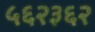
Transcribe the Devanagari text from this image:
५६२३६२